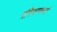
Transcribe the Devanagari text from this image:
प्रशिक्षणकर्ता